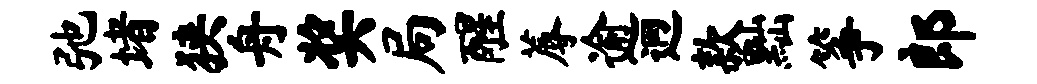
弛堵狭舟奖局醒蓐逾迥款黜筝郎